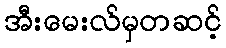
အီးမေးလ်မှတဆင့်